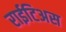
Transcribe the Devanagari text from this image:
राईटिअस